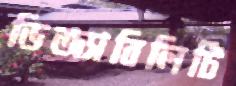
ডিজ্যাবিলিটি